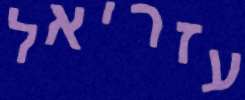
עזריאל